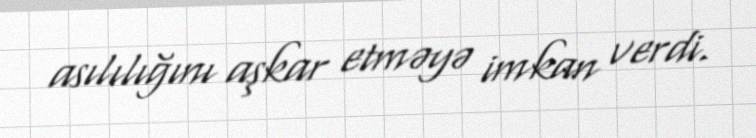
asılılığını aşkar etməyə imkan verdi.